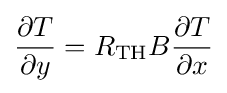
{\frac {\partial T}{\partial y}}=R_{\mathrm {TH} }B{\frac {\partial T}{\partial x}}